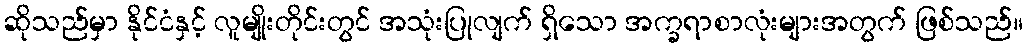
ဆိုသည်မှာ နိုင်ငံနှင့် လူမျိုးတိုင်းတွင် အသုံးပြုလျက် ရှိသော အက္ခရာစာလုံးများအတွက် ဖြစ်သည်။